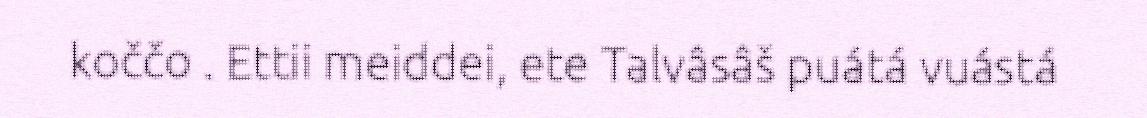
koččo . Ettii meiddei, ete Talvâsâš puátá vuástá